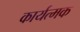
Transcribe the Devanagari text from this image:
कार्यत्मक